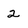
Character: 2